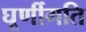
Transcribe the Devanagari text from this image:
घूर्णीगति